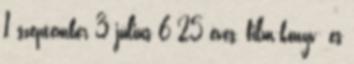
1 szeptember 3 július 6 25 éves, film-könyv- és